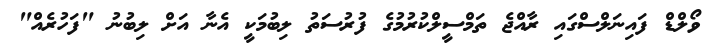
ވޯލްޑް ފައިނަލްސްގައި ރާއްޖެ ތަމްސީލްކުރުމުގެ ފުރުސަތު ލިބުމަކީ އެނާ އަށް ލިބުނު "ފަހުރެއް"